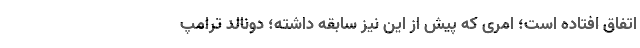
اتفاق افتاده است؛ امری که پیش از این نیز سابقه داشته؛ دونالد ترامپ